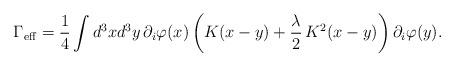
LaTeX: \begin{align*}\Gamma_{\rm eff}=\frac{1}{4}\int d^3xd^3y\,\partial _i\varphi(x)\left(K(x-y)+\frac{\lambda }{2}\,K^2(x-y)\right)\partial _i\varphi(y).\end{align*}